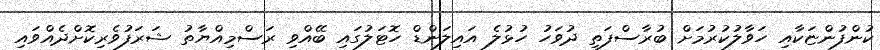
ކުންފުންޏަކާއި ހަވާލުކުރުމަށް ބުރާސްފަތި ދުވަހު ހުޅުލެ އައިލަންޑް ހޮޓަލުގައި ބޭއްވި ރަސްމިއްޔާތު ޝަރަފުވެރިކޮށްދެއްވައިި